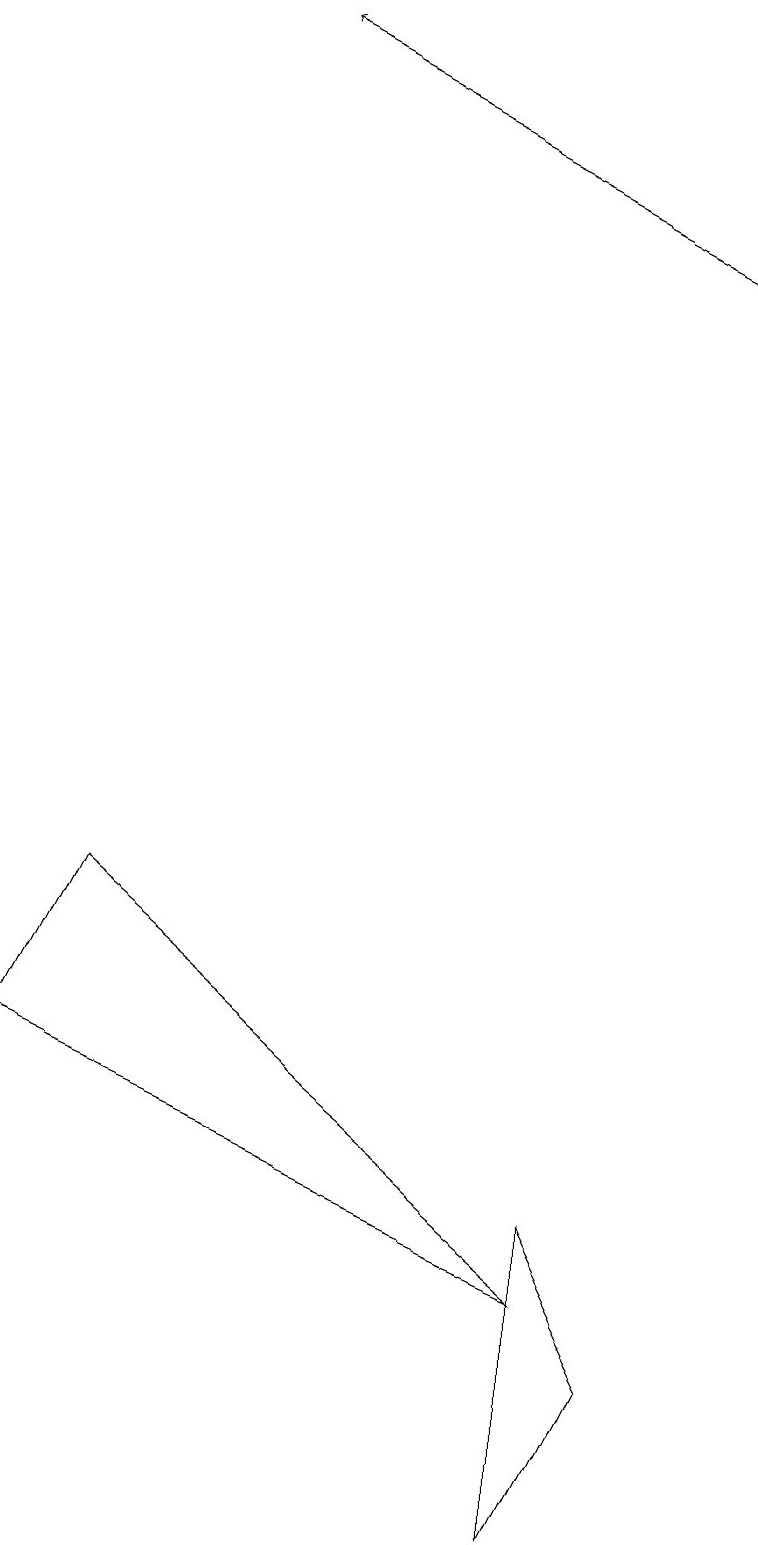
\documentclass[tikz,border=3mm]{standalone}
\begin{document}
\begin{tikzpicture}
\draw (7,3) -- (1,8) -- (0,6) -- cycle;
\draw[->] (9,16) -- (3,19);
\draw (7,4) -- (7,0) -- (8,2) -- cycle;
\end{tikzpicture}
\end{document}